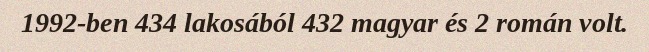
1992-ben 434 lakosából 432 magyar és 2 román volt.